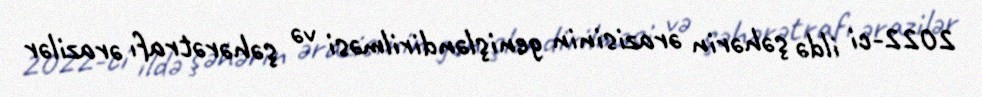
2022-ci ildə şəhərin ərazisinin genişləndirilməsi və şəhərətrafı ərazilər